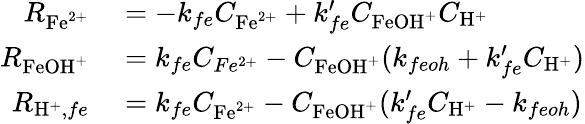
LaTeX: \begin{array}{rl}{R_{\mathrm{Fe}^{2+}}}&{{}=-k_{fe}C_{\mathrm{Fe}^{2+}}+k_{fe}^{\prime}C_{\mathrm{FeOH}^{+}}C_{\mathrm{H}^{+}}}\\ {R_{\mathrm{FeOH}^{+}}}&{{}=k_{fe}C_{Fe^{2+}}-C_{\mathrm{FeOH}^{+}}(k_{feoh}+k_{fe}^{\prime}C_{\mathrm{H}^{+}})}\\ {R_{\mathrm{H}^{+},fe}}&{{}=k_{fe}C_{\mathrm{Fe}^{2+}}-C_{\mathrm{FeOH}^{+}}(k_{fe}^{\prime}C_{\mathrm{H}^{+}}-k_{feoh})}\end{array}